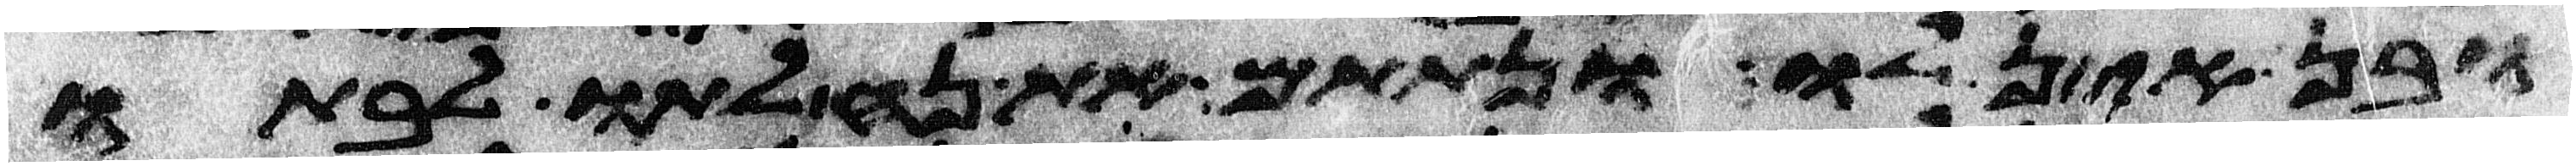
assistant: ובן אין לו ונתתם את נחלתו לבתו